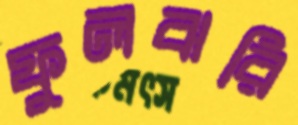
ফুলঝরি